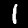
Digit: 1